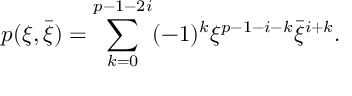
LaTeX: p ( \xi , \bar { \xi } ) = \sum _ { k = 0 } ^ { p - 1 - 2 i } ( - 1 ) ^ { k } \xi ^ { p - 1 - i - k } \bar { \xi } ^ { i + k } .